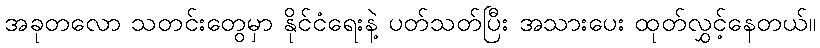
အခုတလော သတင်းတွေမှာ နိုင်ငံရေးနဲ့ ပတ်သတ်ပြီး အသားပေး ထုတ်လွှင့်နေတယ်။